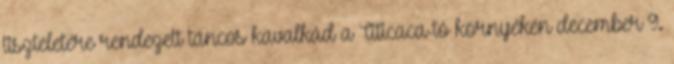
tiszteletére rendezett táncos kavalkád a Titicaca-tó környékén december 9.